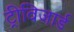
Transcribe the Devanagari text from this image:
ट्रीविजार्ड